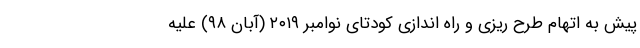
پیش به اتهام طرح ریزی و راه اندازی کودتای نوامبر ۲۰۱۹ (آبان ۹۸) علیه